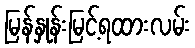
မြန်နှုန်းမြင့်ရထားလမ်း